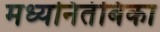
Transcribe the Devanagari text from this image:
मध्यनितंबिका